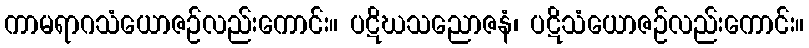
ကာမရာဂသံယောဇဉ်လည်းကောင်း။ ပဋိဃသညောဇနံ၊ ပဋိသံယောဇဉ်လည်းကောင်း။